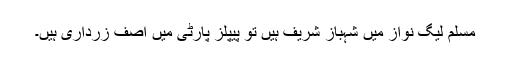
مسلم لیگ نواز میں شہباز شریف ہیں تو پیپلز پارٹی میں آصف زرداری ہیں۔